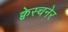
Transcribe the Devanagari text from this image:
क्वेस्चनेर